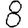
Digit: 8